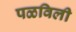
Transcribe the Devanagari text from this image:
पळविली